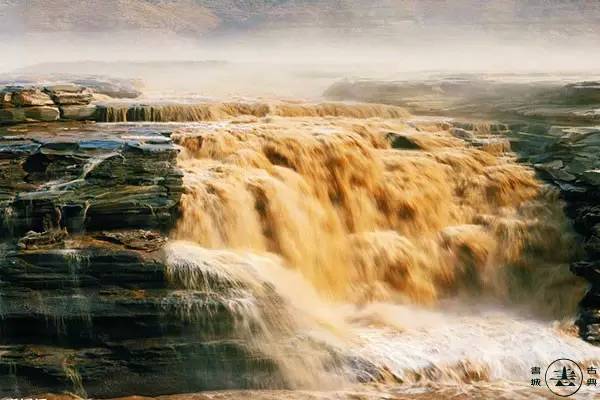
白日地中出，黄河天外来。